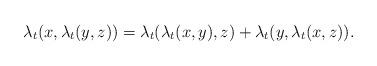
LaTeX: \begin{align*}\lambda_t(x,\lambda_t(y,z))=\lambda_t(\lambda_t(x,y),z)+\lambda_t(y,\lambda_t(x,z)).\end{align*}